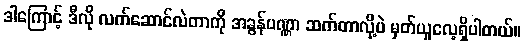
ဒါကြောင့် ဒီလို လက်ဆောင်လဲတာကို အခွန်ပဏ္ဏာ ဆက်တာလို့ပဲ မှတ်ယူလေ့ရှိပါတယ်။